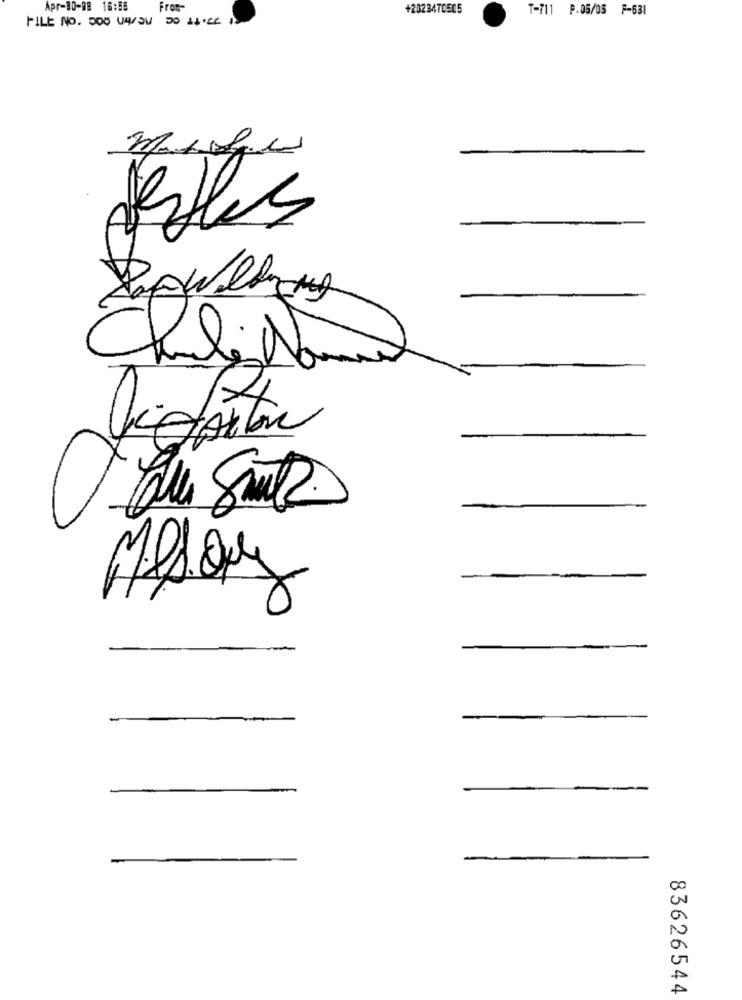
Apr-80-98 16:55
From-
+2023470505
T-711 P.05/05 F-531
FILE NO. DOS USU 50 14
Selles
83626544